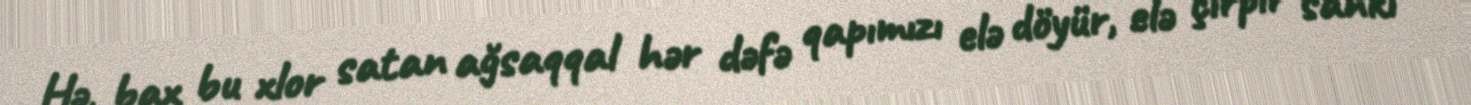
Hə, bax bu xlor satan ağsaqqal hər dəfə qapımızı elə döyür, elə çırpır sanki